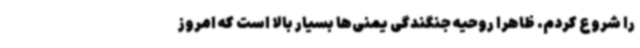
را شروع کردم. ظاهراً روحیه جنگندگی یمنی‌ها بسیار بالا است که امروز